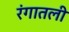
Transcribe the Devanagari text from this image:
रंगातली